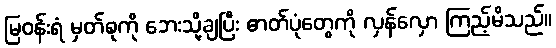
မြဝန်းရံ မှတ်စုကို ဘေးသို့ချပြီး ဓာတ်ပုံတွေကို လှန်လှော ကြည့်မိသည်။